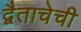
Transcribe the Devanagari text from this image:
द्वैताचेची